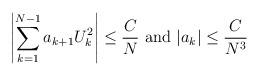
LaTeX: \begin{align*}\left|\sum_{k=1}^{N-1} a_{k+1} U_k^2 \right| \leq \frac{C}{N} \textrm{ and }|a_k|\leq \frac{C}{N^3} \end{align*}